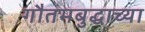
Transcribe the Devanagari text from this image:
गौतमबुद्धाच्या